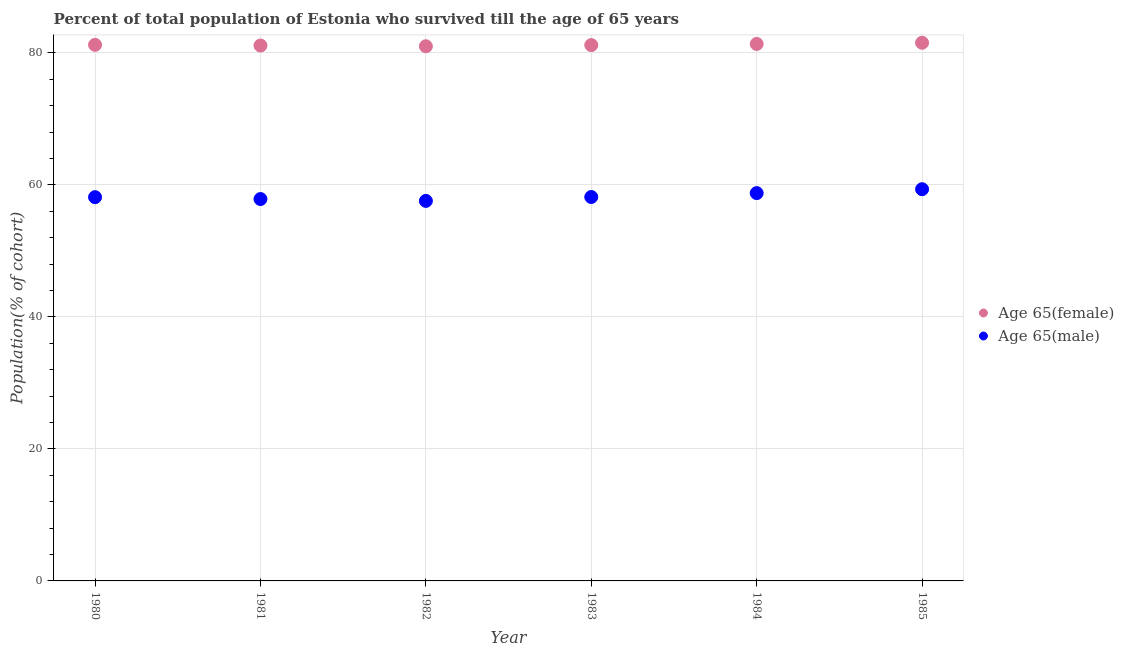
| Year | Age 65(female) | Age 65(male) |
 | --- | --- | --- |
 | 1980 | 81.2 | 58.1 |
 | 1981 | 81.1 | 57.9 |
 | 1982 | 81 | 57.6 |
 | 1983 | 81.2 | 58.2 |
 | 1984 | 81.4 | 58.8 |
 | 1985 | 81.5 | 59.4 |